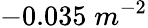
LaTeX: -0.035\; m^{-2}